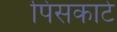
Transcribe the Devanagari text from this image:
पिसकाटे